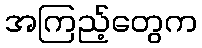
အကြည့်တွေက